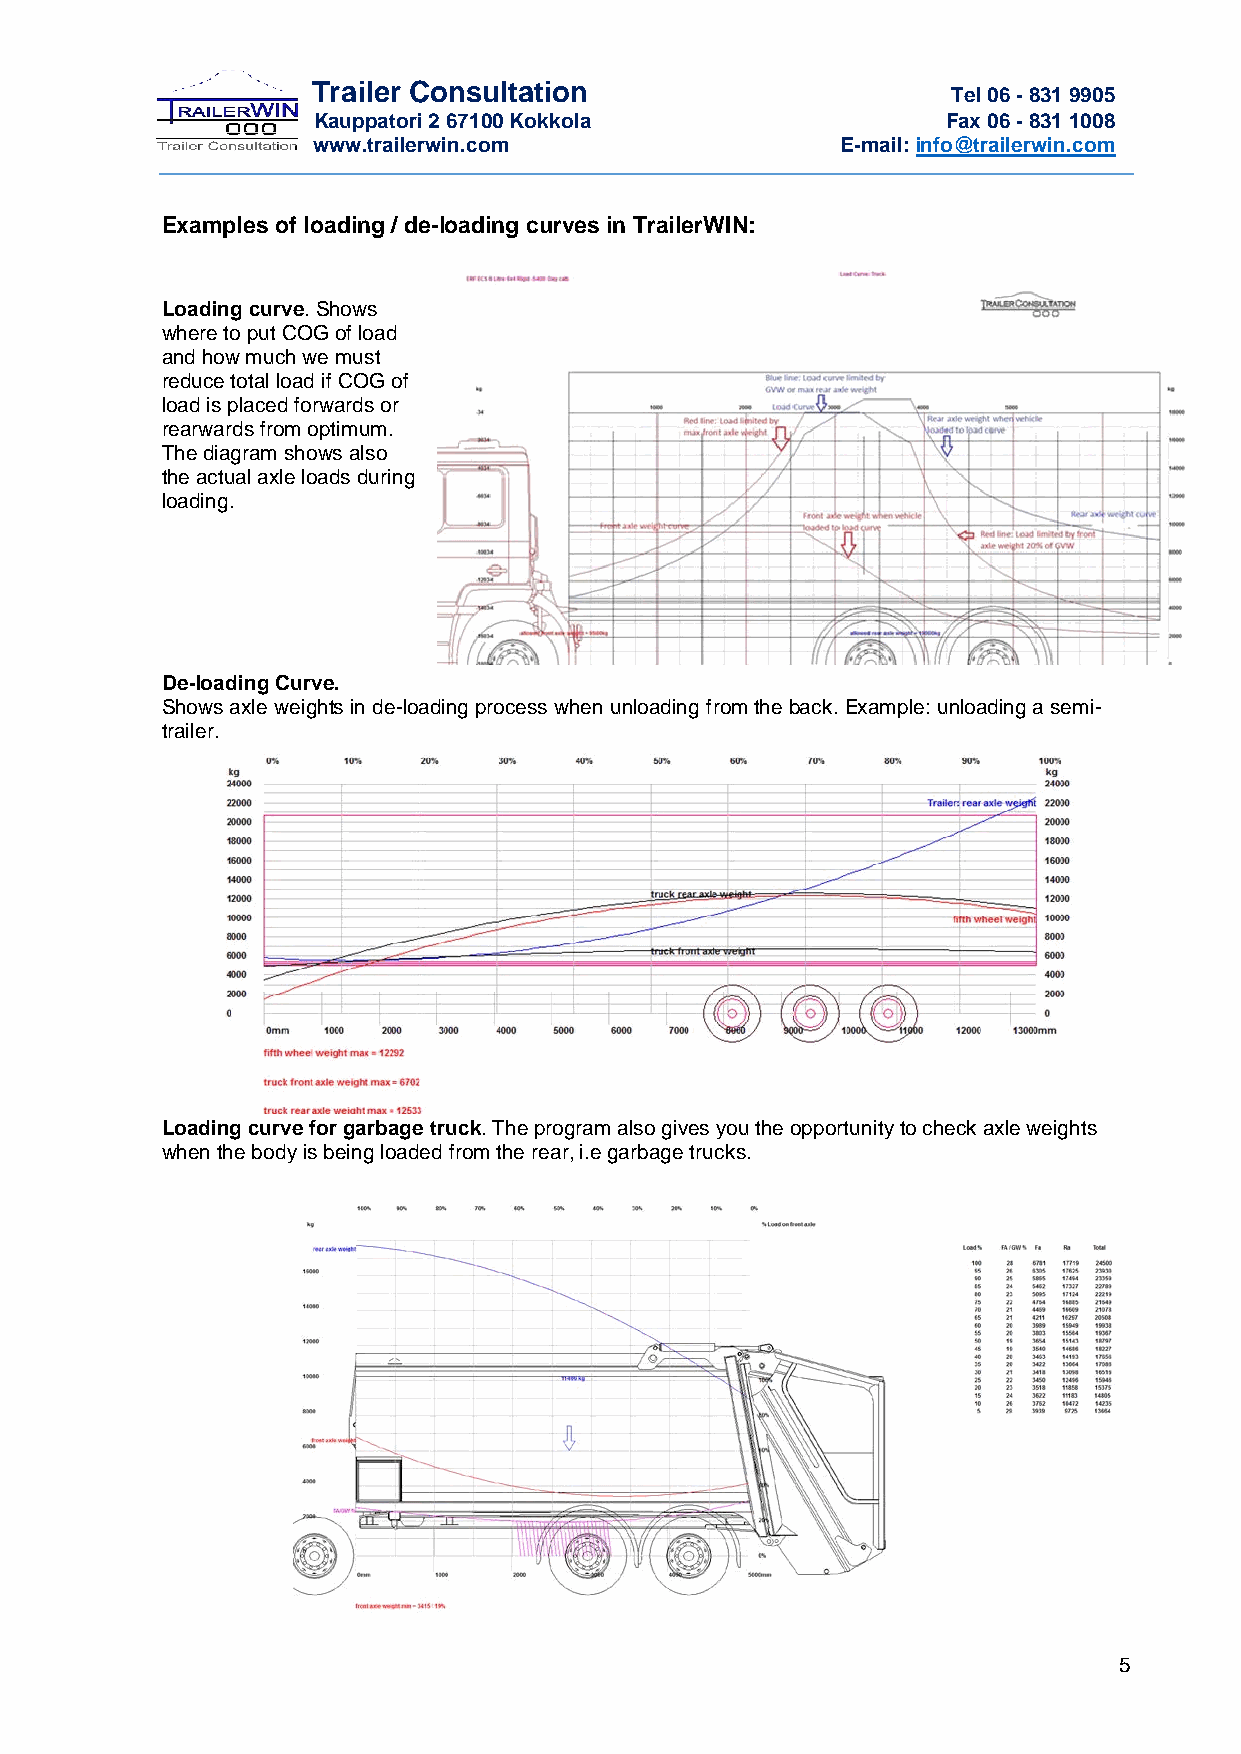
Trailer Consultation                      Tel 06 - 831 9905
 Kauppatori 2 67100 Kokkola                Fax 06 - 831 1008
 www.trailerwin.com                 E-mail: info@trailerwin.com
 Examples of loading / de-loading curves in TrailerWIN:
 Loading curve. Shows
 where to put COG of load
 and how much we must
 reduce total load if COG of
 load is placed forwards or
 rearwards from optimum.
 The diagram shows also
 the actual axle loads during
 loading.
 De-loading Curve.
 Shows axle weights in de-loading process when unloading from the back. Example: unloading a semi-
 trailer.
 Loading curve for garbage truck. The program also gives you the opportunity to check axle weights
 when the body is being loaded from the rear, i.e garbage trucks.
 5